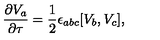
\frac { \partial V _ { a } } { \partial \tau } = \frac 1 2 \epsilon _ { a b c } [ V _ { b } , V _ { c } ] ,